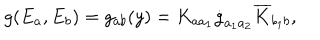
LaTeX: g ( E _ { a } , E _ { b } ) = g _ { a b } ( y ) = K _ { a a _ { 1 } } \dot { g } _ { a _ { 1 } a _ { 2 } } \overline { { { K } } } _ { b _ { 1 } b } ,